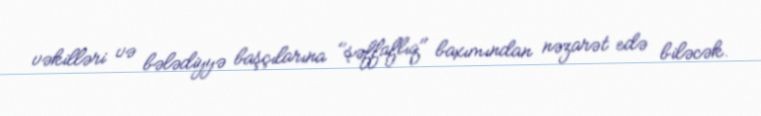
vəkilləri və bələdiyyə başçılarına "şəffaflıq" baxımından nəzarət edə biləcək.